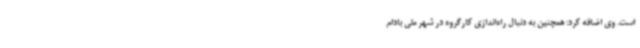
است. وی اضافه کرد: همچنین به دنبال راه‌اندازی کارگروه در شهر ملی بادام